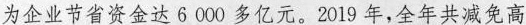
为企业节省资金达6000多亿元。2019年，全年共减免高